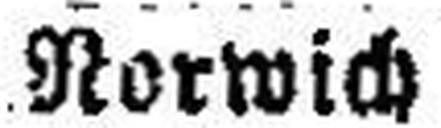
Norwich